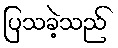
ပြသခဲ့သည်